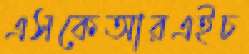
এসকেআরএইচ